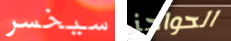
سيخسر الحواجز